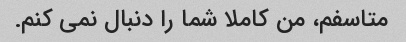
متاسفم، من کاملا شما را دنبال نمی کنم.